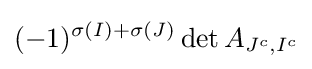
(-1)^{\sigma (I)+\sigma (J)}\det A_{J^{c},I^{c}}